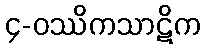
၄-ဝဿိကသာဋိက